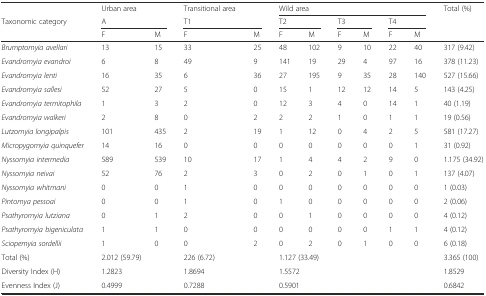
<table><thead><tr><td></td><td><b>Urban area</b></td><td></td><td><b>Transitional area</b></td><td></td><td colspan="6"><b>Wild area</b></td><td rowspan="3"><b>Total (%)</b></td></tr><tr><td><b>Taxonomic category</b></td><td colspan="2"><b>A</b></td><td colspan="2"><b>T1</b></td><td colspan="2"><b>T2</b></td><td colspan="2"><b>T3</b></td><td colspan="2"><b>T4</b></td></tr><tr><td></td><td><b>F</b></td><td><b>M</b></td><td><b>F</b></td><td><b>M</b></td><td><b>F</b></td><td><b>M</b></td><td><b>F</b></td><td><b>M</b></td><td><b>F</b></td><td><b>M</b></td></tr></thead><tbody><tr><td><i>Brumptomyia avellari</i></td><td>13</td><td>15</td><td>33</td><td>25</td><td>48</td><td>102</td><td>9</td><td>10</td><td>22</td><td>40</td><td>317 (9.42)</td></tr><tr><td><i>Evandromyia evandroi</i></td><td>6</td><td>8</td><td>49</td><td>9</td><td>141</td><td>19</td><td>29</td><td>4</td><td>97</td><td>16</td><td>378 (11.23)</td></tr><tr><td><i>Evandromyia lenti</i></td><td>16</td><td>35</td><td>6</td><td>36</td><td>27</td><td>195</td><td>9</td><td>35</td><td>28</td><td>140</td><td>527 (15.66)</td></tr><tr><td><i>Evandromyia sallesi</i></td><td>52</td><td>27</td><td>5</td><td>0</td><td>15</td><td>1</td><td>12</td><td>12</td><td>14</td><td>5</td><td>143 (4.25)</td></tr><tr><td><i>Evandromyia termitophila</i></td><td>1</td><td>3</td><td>2</td><td>0</td><td>12</td><td>3</td><td>4</td><td>0</td><td>14</td><td>1</td><td>40 (1.19)</td></tr><tr><td><i>Evandromyia walkeri</i></td><td>2</td><td>8</td><td>0</td><td>2</td><td>2</td><td>2</td><td>1</td><td>0</td><td>1</td><td>1</td><td>19 (0.56)</td></tr><tr><td><i>Lutzomyia longipalpis</i></td><td>101</td><td>435</td><td>2</td><td>19</td><td>1</td><td>12</td><td>0</td><td>4</td><td>2</td><td>5</td><td>581 (17.27)</td></tr><tr><td><i>Micropygomyia quinquefer</i></td><td>14</td><td>16</td><td>0</td><td>0</td><td>0</td><td>0</td><td>0</td><td>0</td><td>0</td><td>1</td><td>31 (0.92)</td></tr><tr><td><i>Nyssomyia intermedia</i></td><td>589</td><td>539</td><td>10</td><td>17</td><td>1</td><td>4</td><td>4</td><td>2</td><td>9</td><td>0</td><td>1.175 (34.92)</td></tr><tr><td><i>Nyssomyia neivai</i></td><td>52</td><td>76</td><td>2</td><td>3</td><td>0</td><td>2</td><td>0</td><td>1</td><td>0</td><td>1</td><td>137 (4.07)</td></tr><tr><td><i>Nyssomyia whitmani</i></td><td>0</td><td>0</td><td>1</td><td>0</td><td>0</td><td>0</td><td>0</td><td>0</td><td>0</td><td>0</td><td>1 (0.03)</td></tr><tr><td><i>Pintomya pessoai</i></td><td>0</td><td>0</td><td>1</td><td>0</td><td>1</td><td>0</td><td>0</td><td>0</td><td>0</td><td>0</td><td>2 (0.06)</td></tr><tr><td><i>Psathyromyia lutziana</i></td><td>0</td><td>1</td><td>2</td><td>0</td><td>0</td><td>1</td><td>0</td><td>0</td><td>0</td><td>0</td><td>4 (0.12)</td></tr><tr><td><i>Psathyromyia bigeniculata</i></td><td>1</td><td>1</td><td>0</td><td>0</td><td>0</td><td>0</td><td>0</td><td>0</td><td>1</td><td>1</td><td>4 (0.12)</td></tr><tr><td><i>Sciopemyia sordellii</i></td><td>1</td><td>0</td><td>0</td><td>2</td><td>0</td><td>2</td><td>0</td><td>1</td><td>0</td><td>0</td><td>6 (0.18)</td></tr><tr><td>Total (%)</td><td colspan="2">2.012 (59.79)</td><td colspan="2">226 (6.72)</td><td colspan="6">1.127 (33.49)</td><td>3.365 (100)</td></tr><tr><td>Diversity Index (H)</td><td colspan="2">1.2823</td><td colspan="2">1.8694</td><td colspan="6">1.5572</td><td>1.8529</td></tr><tr><td>Evenness Index (J)</td><td colspan="2">0.4999</td><td colspan="2">0.7288</td><td colspan="6">0.5901</td><td>0.6842</td></tr></tbody></table>